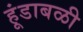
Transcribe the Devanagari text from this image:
हूंडाबळी